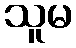
သူမ